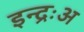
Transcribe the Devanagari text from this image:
इन्द्रःअ